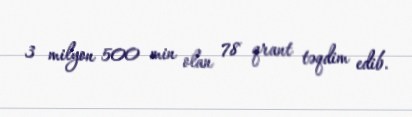
3 milyon 500 min olan 78 qrant təqdim edib.